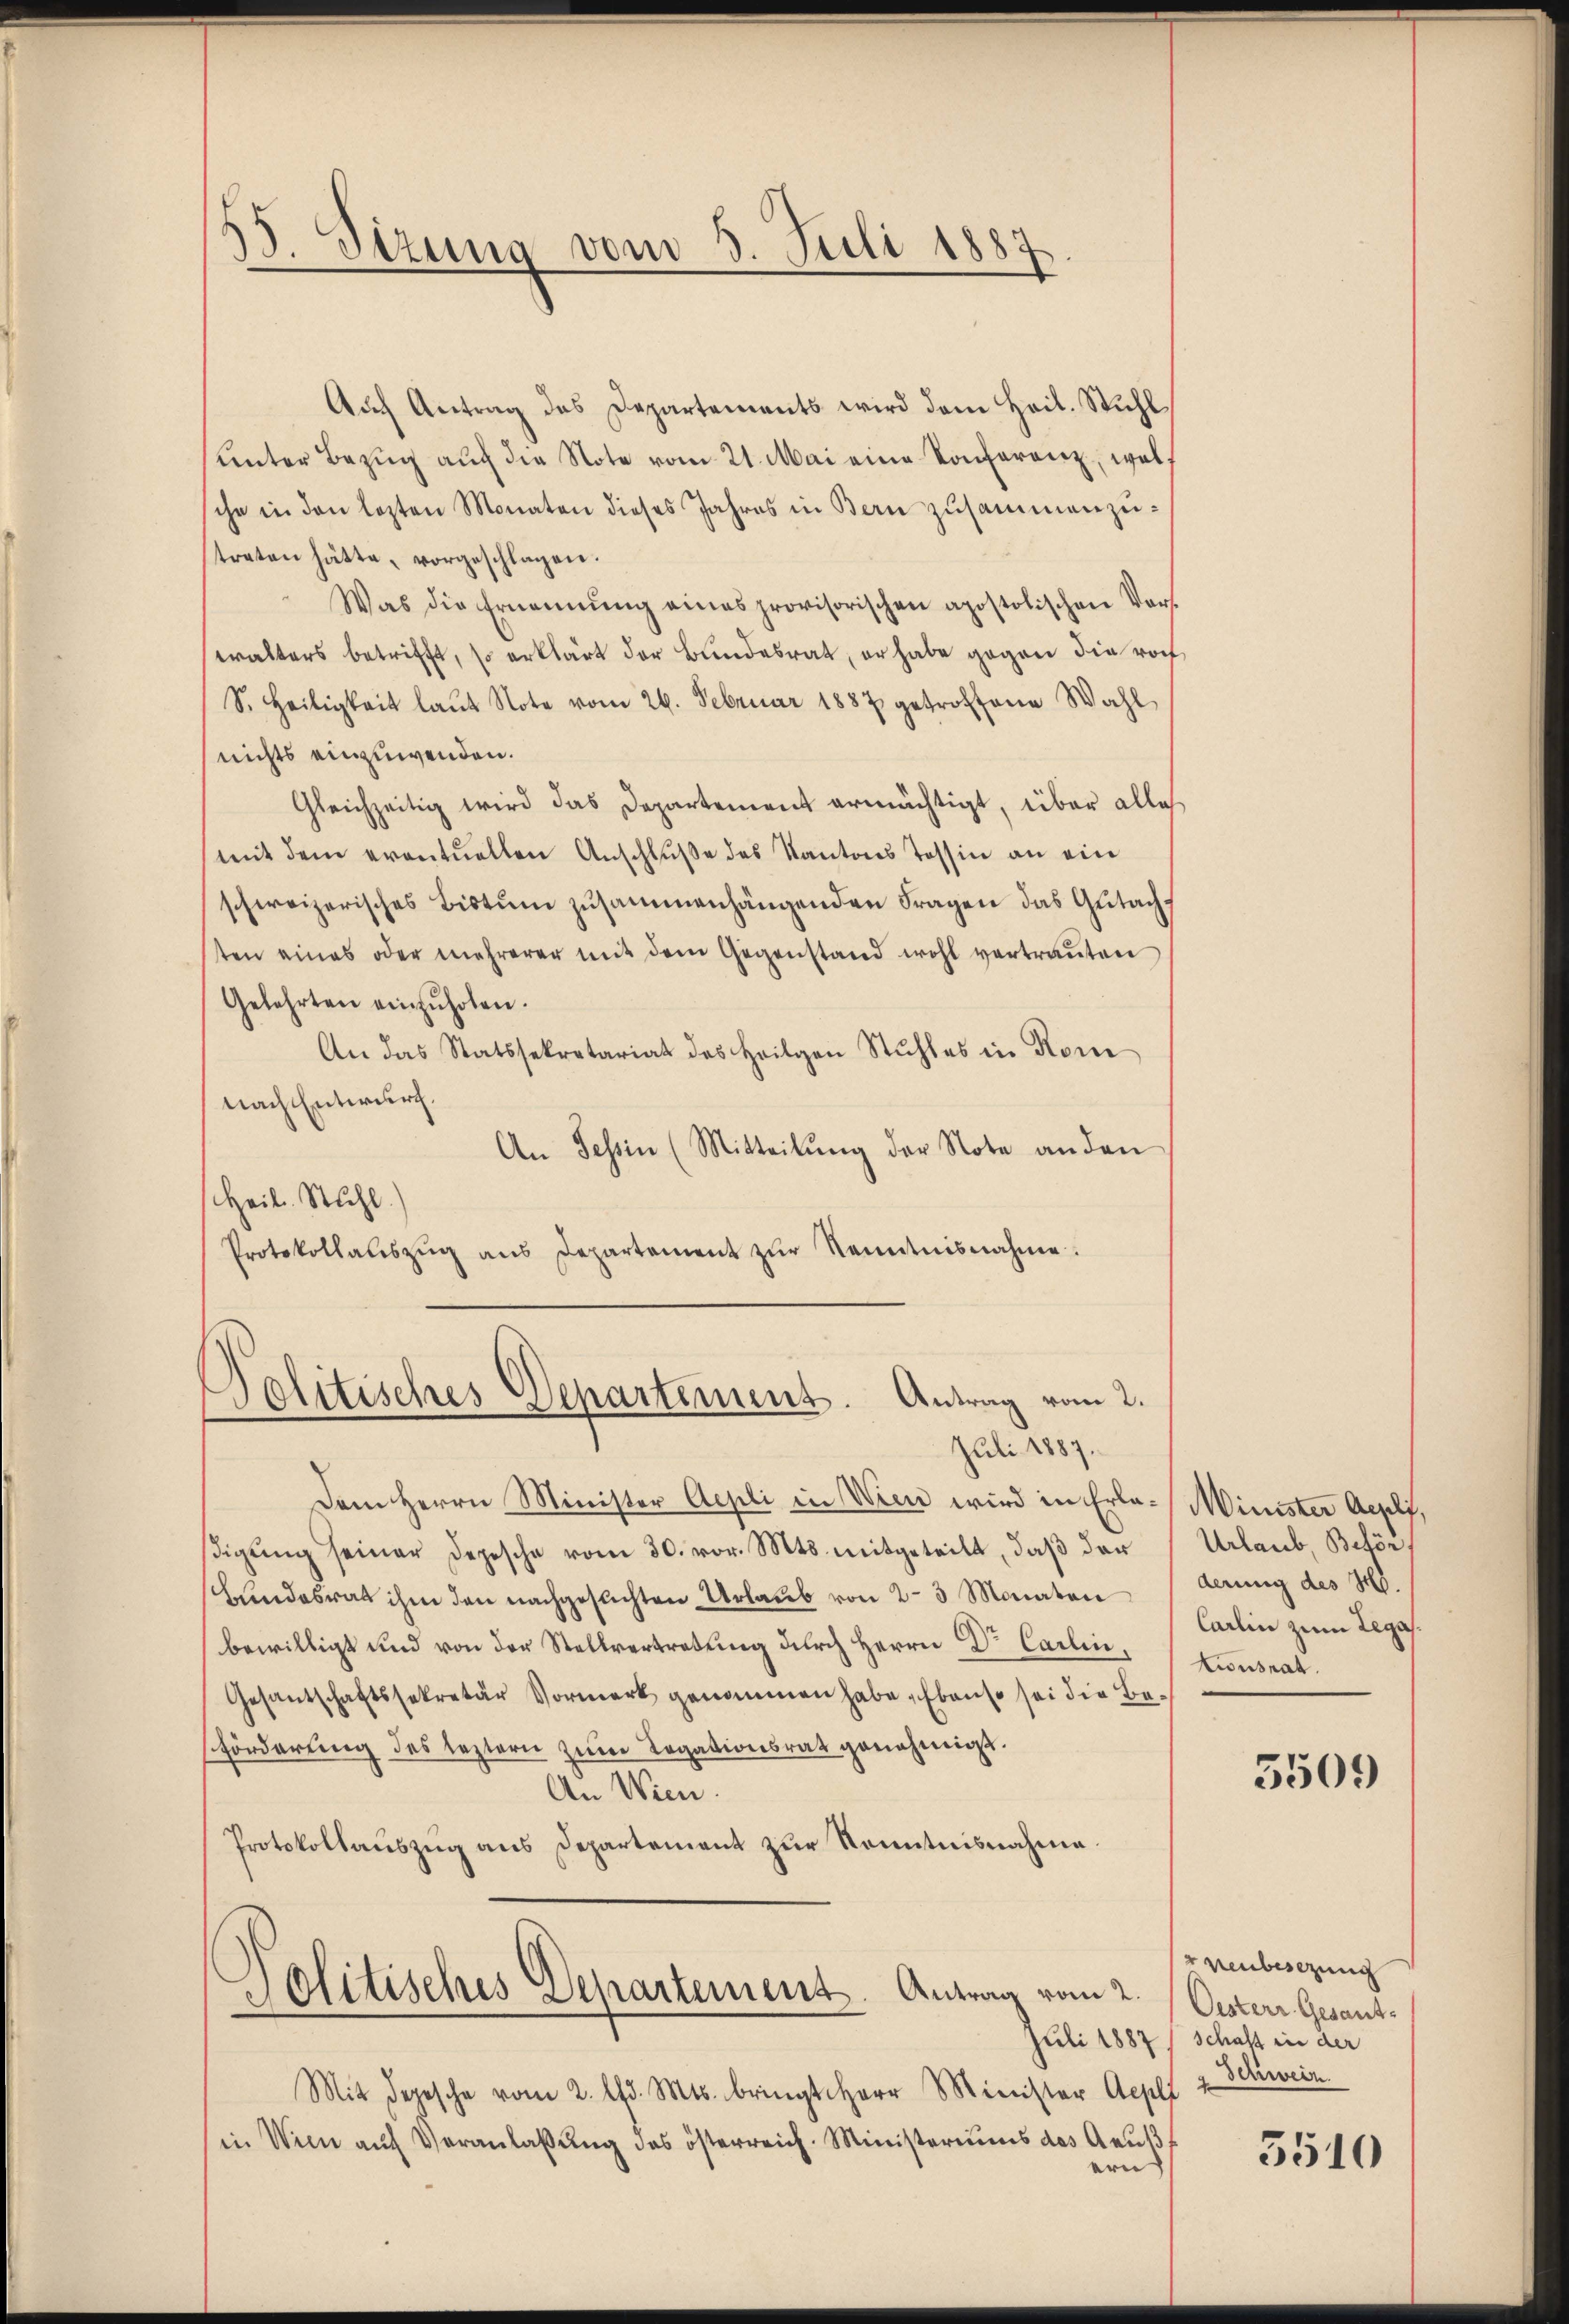
e
. Stzung vom 3. Juli 1887

Aŭf Antrag des Departements wird dem Heil. Stuhl
unter Bezug auch die Note vom 21. Mai eine Konferenz, welch
sche in den lezten Monaten dieses Jahres in Bern zusammenzutreten hätte, vorgeschlagen.
Was die Ernennung eines provisorischen apostolischen Vor-
ealters betrifft, so erklärt der Bundesrat, er habe gegen die roch
S. Heiligkeit laŭt Note vom 26. Februar 1887 getroffene Wahl
nichts einzuwenden.
Gleichzeitig wird das Departement ermächtigt, über alle
mit dem eventuellen Anschluße des Kantons Tessin an ein
schweizerisches Bistum zusammenhängenden Fragen das Gutachten eines oder mehrerer mit dem Gegenstand wohl vertraŭten
Gelehrten einzŭholen.
An das Statssekretariat des Heilgen Stuhles in Kom
nach Entwurf.
An Tessin (Mitteilŭng der Note an den
Heil. Stuhl.
Protokollaŭszŭg ans Departement zŭr Kenntnisnahme.

Politisches Departement. Antrag vom 2.
Juli 1887.

Dem Herrn Minister Aepli in Wien wird in Erla-Minister Aepli,
βigŭng seiner Depesche vom 30. vor. Mts. mitgeteilt, daβ der
schundesrat ihm den nachgesuchten Urlaub von 2-3 Monaten
bewilligt und von der Stellvertretung durch Herrn Dr. Carlin,
Gesantschaftssekretär Vormerk genommen habe. Ebenso sei die Beförderung des leztern zum Legationsrat genehmigt.
An Wien.
Protokollauszug aus Departement zur Kenntnisnahme.

Jolitisches Separtement. Antrag vom 2.
Juli 1887

Mit Depesche vom 2. d. Mts. bringt Herr Minister Aepll u Schweiz.
in Wien aŭf Veranlaβŭng des österreich. Ministeriums des Aeŭβt
n

Urlaub, Behör
derung des Hs.
Carlin zum Legastionsrat.

5509

rnenbesezung
Oesterr. Gesandschaft in der

5510